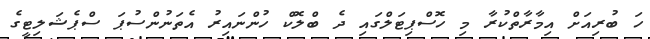
ހަ ބުރިއަށް އިމާރާތްކުރާ މި ހޮސްޕިޓަލްގައި ދެ ބްލޮކް ހުންނައިރު އެތަނުންސުޕަ ސްޕެޝަލިޓީގެ